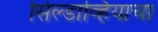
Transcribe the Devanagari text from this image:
सिल्डाव्हियाचा